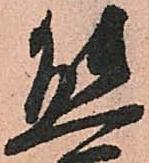
熊